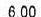
6.00